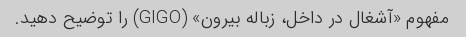
مفهوم «آشغال در داخل، زباله بیرون» (GIGO) را توضیح دهید.